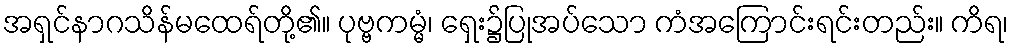
အရှင်နာဂသိန်မထေရ်တို့၏။ ပုဗ္ဗကမ္မံ၊ ရှေး၌ပြုအပ်သော ကံအကြောင်းရင်းတည်း။ ကိရ၊